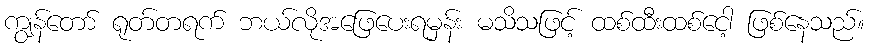
ကျွန်တော် ရုတ်တရက် ဘယ်လိုအဖြေပေးရမှန်း မသိသဖြင့် ထစ်ထီးထစ်ငေါ့ ဖြစ်နေသည်။